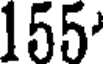
155'